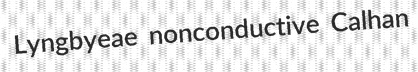
Lyngbyeae nonconductive Calhan